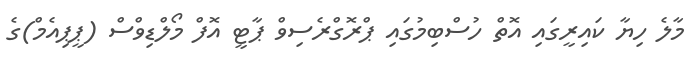
މާލެ ހިޔާ ކައިރީގައި އޮތް ހުސްބިމުގައި ޕްރޮގްރެސިވް ޕާޓީ އޮފް މޯލްޑިވްސް (ޕީޕިއެމް)ގެ